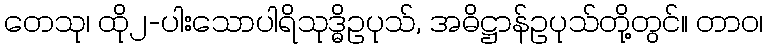
တေသု၊ ထို၂-ပါးသောပါရိသုဒ္ဓိဥပုသ်, အဓိဋ္ဌာန်ဥပုသ်တို့တွင်။ တာဝ၊